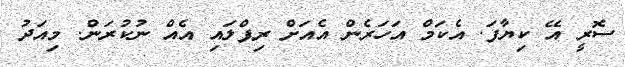
ސޮރީ އޭ ކިޔާފަ. އެކަމް އަހަރެން އެއަށް ރިޕްލައި އެއް ނުކުރަން. މިއަދު